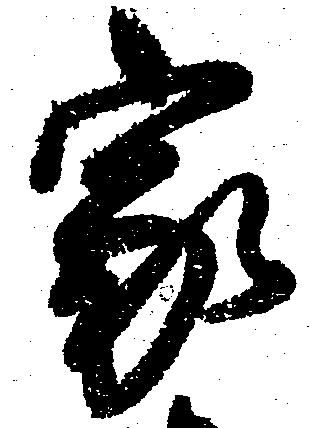
家